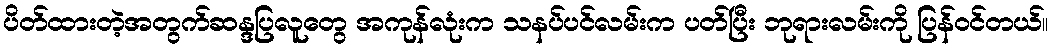
ပိတ်ထားတဲ့အတွက်ဆန္ဒပြလူတွေ အကုန်လုံးက သနပ်ပင်လမ်းက ပတ်ပြီး ဘုရားလမ်းကို ပြန်ဝင်တယ်။